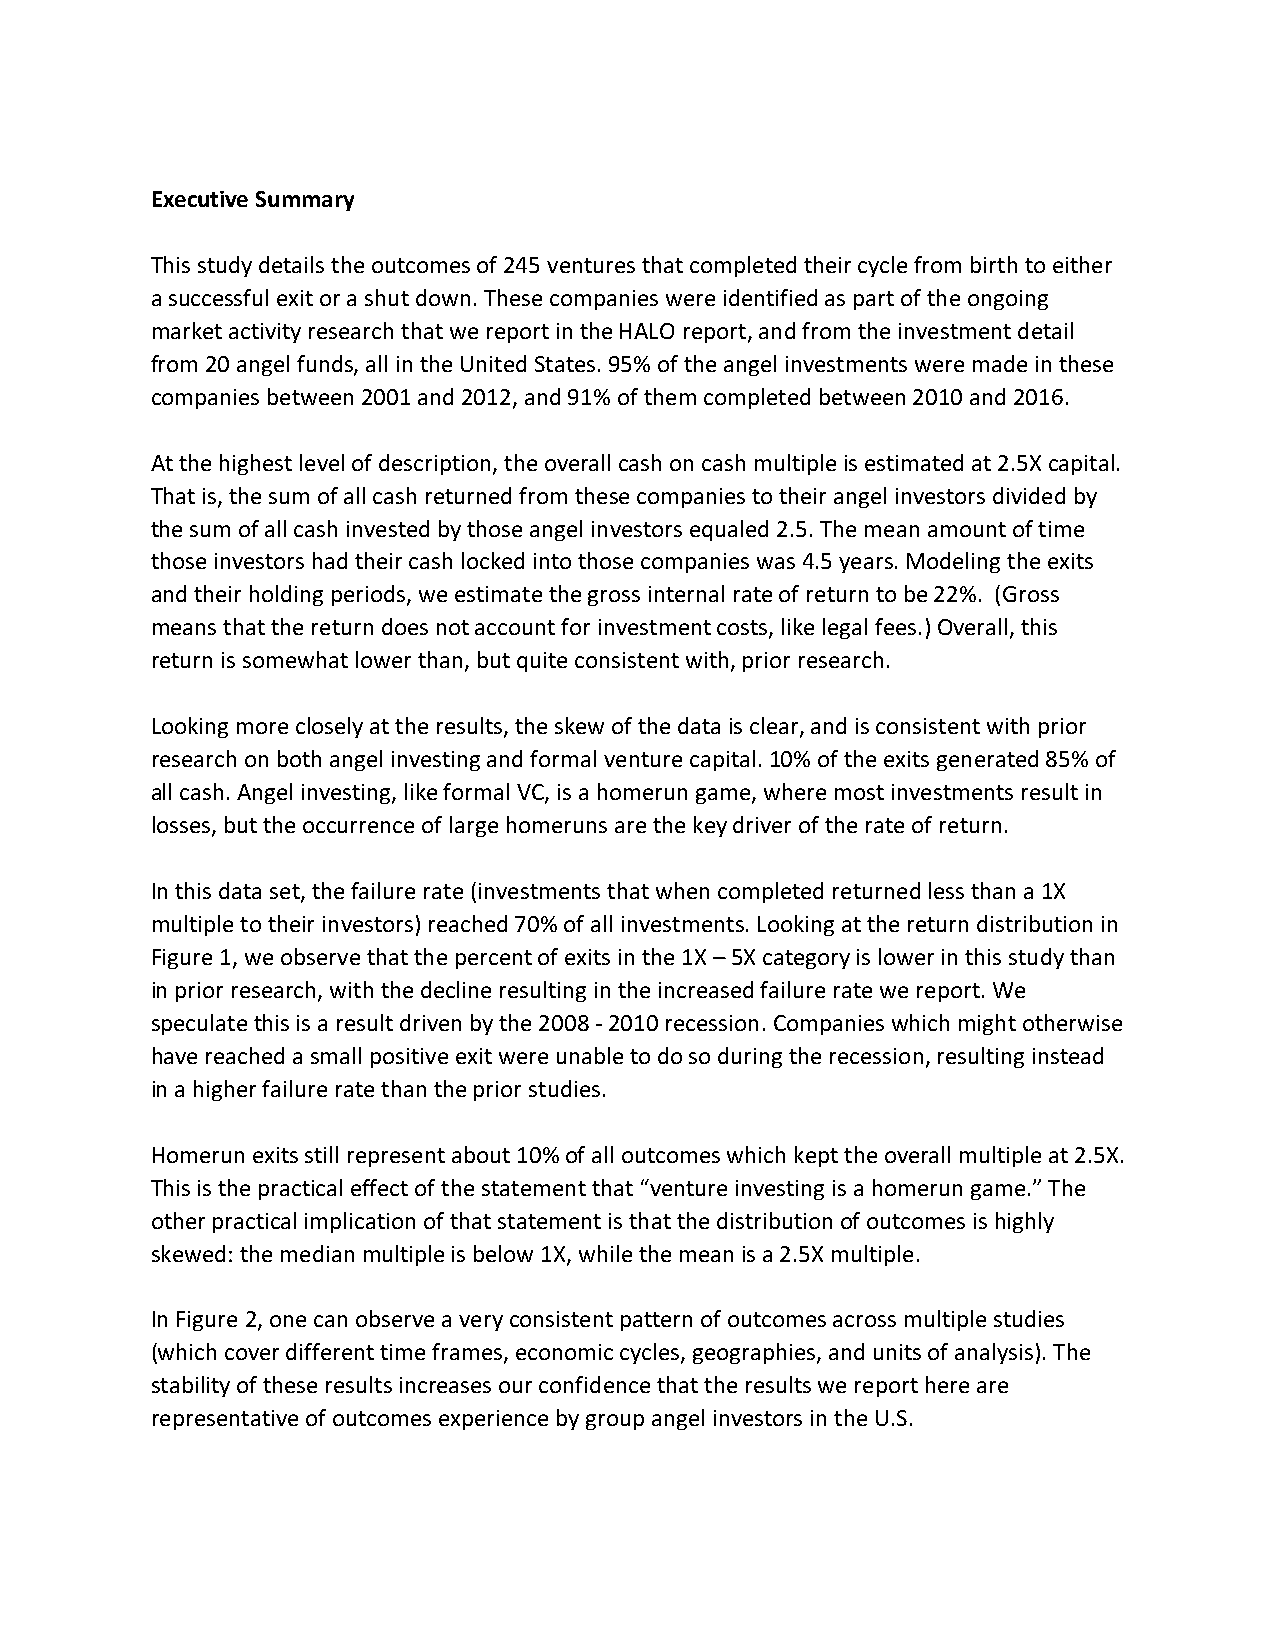
Executive Summary
 This study details the outcomes of 245 ventures that completed their cycle from birth to either
 a successful exit or a shut down. These companies were identified as part of the ongoing
 market activity research that we report in the HALO report, and from the investment detail
 from 20 angel funds, all in the United States. 95% of the angel investments were made in these
 companies between 2001 and 2012, and 91% of them completed between 2010 and 2016.
 At the highest level of description, the overall cash on cash multiple is estimated at 2.5X capital.
 That is, the sum of all cash returned from these companies to their angel investors divided by
 the sum of all cash invested by those angel investors equaled 2.5. The mean amount of time
 those investors had their cash locked into those companies was 4.5 years. Modeling the exits
 and their holding periods, we estimate the gross internal rate of return to be 22%. (Gross
 means that the return does not account for investment costs, like legal fees.) Overall, this
 return is somewhat lower than, but quite consistent with, prior research.
 Looking more closely at the results, the skew of the data is clear, and is consistent with prior
 research on both angel investing and formal venture capital. 10% of the exits generated 85% of
 all cash. Angel investing, like formal VC, is a homerun game, where most investments result in
 losses, but the occurrence of large homeruns are the key driver of the rate of return.
 In this data set, the failure rate (investments that when completed returned less than a 1X
 multiple to their investors) reached 70% of all investments. Looking at the return distribution in
 Figure 1, we observe that the percent of exits in the 1X – 5X category is lower in this study than
 in prior research, with the decline resulting in the increased failure rate we report. We
 speculate this is a result driven by the 2008 - 2010 recession. Companies which might otherwise
 have reached a small positive exit were unable to do so during the recession, resulting instead
 in a higher failure rate than the prior studies.
 Homerun exits still represent about 10% of all outcomes which kept the overall multiple at 2.5X.
 This is the practical effect of the statement that “venture investing is a homerun game.” The
 other practical implication of that statement is that the distribution of outcomes is highly
 skewed: the median multiple is below 1X, while the mean is a 2.5X multiple.
 In Figure 2, one can observe a very consistent pattern of outcomes across multiple studies
 (which cover different time frames, economic cycles, geographies, and units of analysis). The
 stability of these results increases our confidence that the results we report here are
 representative of outcomes experience by group angel investors in the U.S.